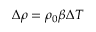
\Delta \rho = \rho _ { 0 } \beta \Delta T